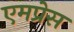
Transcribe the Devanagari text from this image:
एमप्रेस